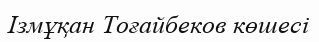
Ізмұқан Тоғайбеков көшесі